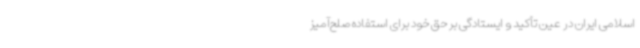
اسلامی ایران در عین تأکید و ایستادگی بر حق خود برای استفاده صلح‌آمیز